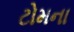
ટોમના